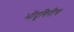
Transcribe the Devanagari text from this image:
भोंदूगिरीच